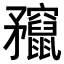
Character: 𥎣